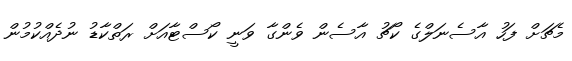
މެޗަށް ފަހު އާސެނަލްގެ ކޯޗު އާސެން ވެންގާ ވަނީ ކޯސްޓާއަށް ރަތްކާޑު ނުދެއްކުމުން